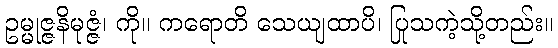
ဥမ္မုဇ္ဇနိမုဇ္ဇံ၊ ကို။ ကရောတိ သေယျထာပိ၊ ပြုသကဲ့သို့တည်း။